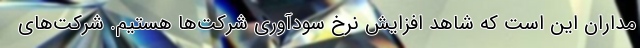
مداران این است که شاهد افزایش نرخ سودآوری شرکت‌ها هستیم. شرکت‌های